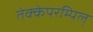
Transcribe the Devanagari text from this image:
तेक्केपरम्पिल्